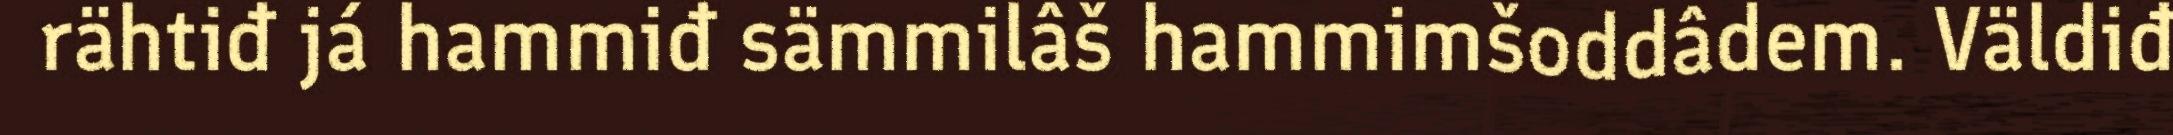
rähtiđ já hammiđ sämmilâš hammimšoddâdem. Väldiđ